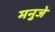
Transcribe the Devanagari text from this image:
मनुजे